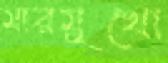
মারমুখো